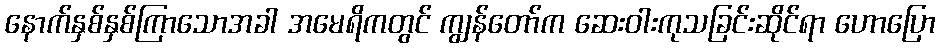
နောက်နှစ်နှစ်ကြာသောအခါ အမေရိကတွင် ကျွန်တော်က ဆေးဝါးကုသခြင်းဆိုင်ရာ ဟောပြော